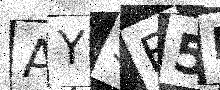
Text: AY3E5M